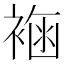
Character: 𧛳